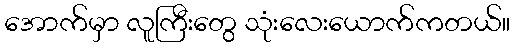
အောက်မှာ လူကြီးတွေ သုံးလေးယောက်ကတယ်။